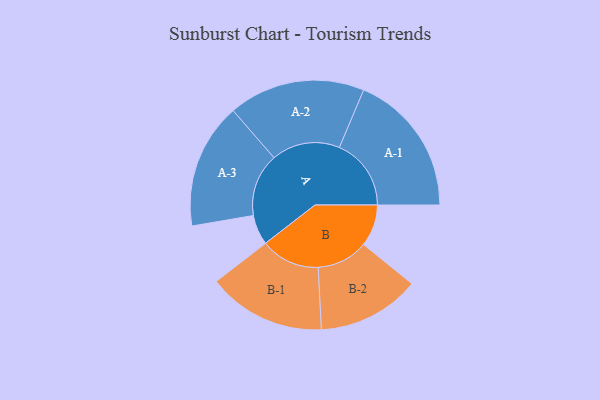
{"axis": {"x": "Segment", "y": "Value"}, "legend": ["", "A", "B"], "data": [{"x": "A", "y": 104, "type": ""}, {"x": "B", "y": 145, "type": ""}, {"x": "A-1", "y": 249, "type": "A"}, {"x": "A-2", "y": 237, "type": "A"}, {"x": "A-3", "y": 218, "type": "A"}, {"x": "B-1", "y": 205, "type": "B"}, {"x": "B-2", "y": 178, "type": "B"}]}